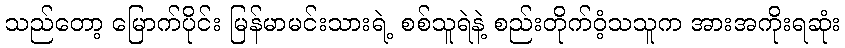
သည်တော့ မြောက်ပိုင်း မြန်မာမင်းသားရဲ့ စစ်သူရဲနဲ့ စည်းတိုက်ဝံ့သသူက အားအကိုးရဆုံး